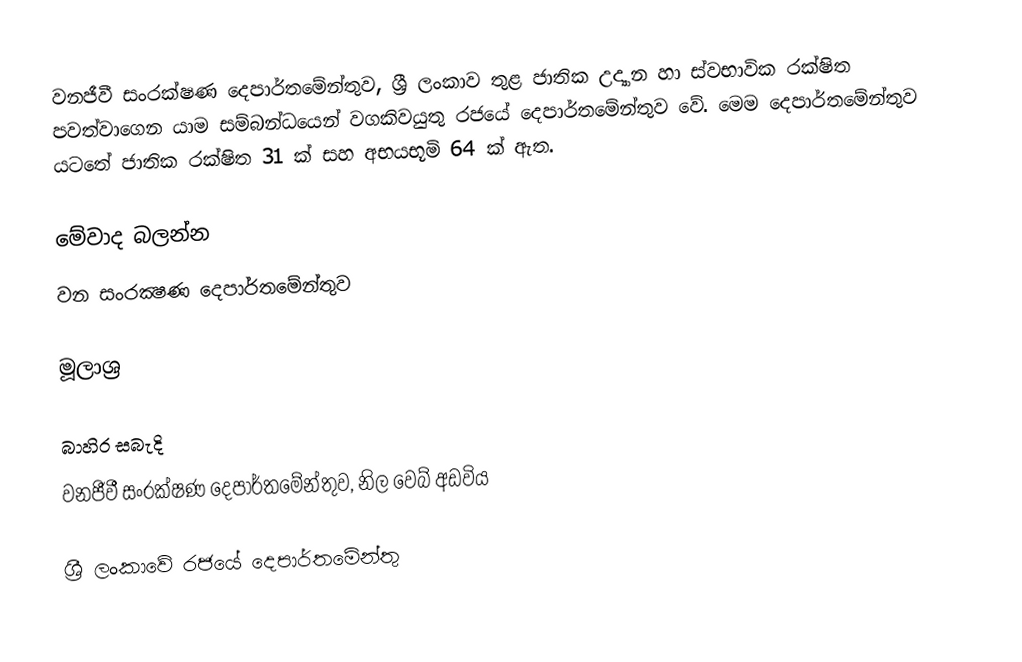
වනජීවී සංරක්ෂණ දෙපාර්තමේන්තුව, ශ්‍රී ලංකාව තුළ ජාතික උද්‍යාන හා ස්වභාවික රක්ෂිත පවත්වාගෙන යාම සම්බන්ධයෙන් වගකිවයුතු රජයේ දෙපාර්තමේන්තුව වේ. මෙම දෙපාර්තමේන්තුව යටතේ ජාතික රක්ෂිත 31 ක් සහ අභයභූමි 64 ක් ඇත.

මේවාද බලන්න
 වන සංරක්‍ෂණ දෙපාර්තමේන්තුව

මූලාශ්‍ර

බාහිර සබැදි
 වනජීවී සංරක්ෂණ දෙපාර්තමේන්තුව, නිල වෙබ් අඩවිය

ශ්‍රී ලංකාවේ රජයේ දෙපාර්තමේන්තු